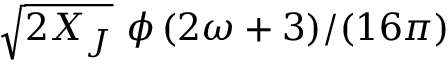
\sqrt { 2 X _ { J } } ~ \phi \left( 2 \omega + 3 ) / ( 1 6 \pi \right)